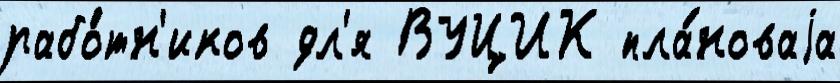
рабо́тн'иков дл'я ВУЦИК пла́новаjа